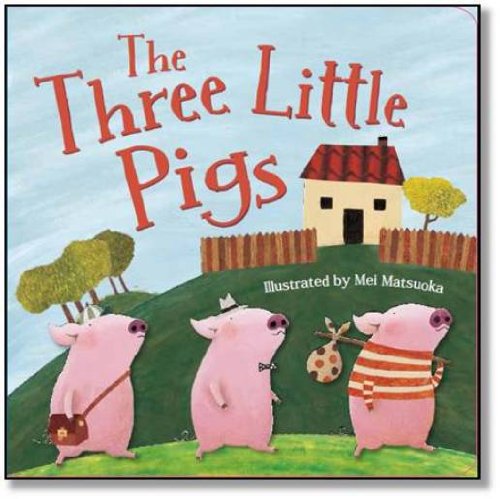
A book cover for The Three Little Pigs (Fairytale Boards); Parragon Books; Children's Books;